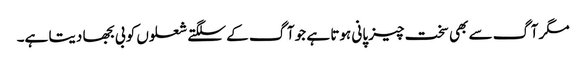
مگر آگ سے بھی سخت چیز پانی ہوتا ہے جو آگ کے سلگتے شعلوں کو بی بجھا دیتا ہے۔